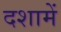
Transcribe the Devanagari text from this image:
दशामें